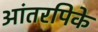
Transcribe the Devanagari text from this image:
आंतरपिके